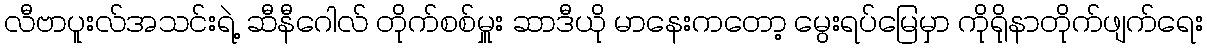
လီဗာပူးလ်အသင်းရဲ့ ဆီနီဂေါလ် တိုက်စစ်မှူး ဆာဒီယို မာနေးကတော့ မွေးရပ်မြေမှာ ကိုရိုနာတိုက်ဖျက်ရေး